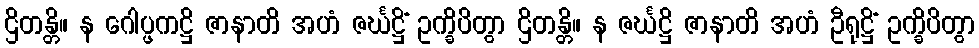
ဌိတန္တိ။ န ဂေါပ္ဖကဋ္ဌိ ဇာနာတိ အဟံ ဇင်္ဃဋ္ဌိံ ဥက္ခိပိတွာ ဌိတန္တိ။ န ဇင်္ဃဋ္ဌိ ဇာနာတိ အဟံ ဦရုဋ္ဌိံ ဥက္ခိပိတွာ